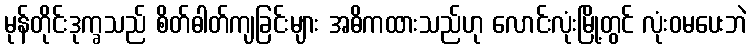
မုန်တိုင်းဒုက္ခသည် စိတ်ဓါတ်ကျခြင်းများ အဓိကထားသည်ဟု လောင်းလုံးမြို့တွင် လုံးဝမပေးဘဲ